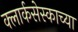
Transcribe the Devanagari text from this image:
क्लार्कसेस्काच्या